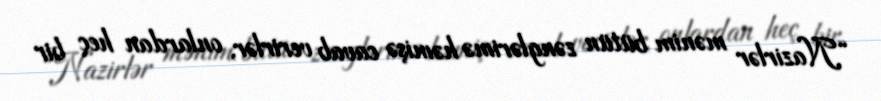
“Nazirlər mənim bütün zənglərimə həmişə cavab verirlər, onlardan heç bir